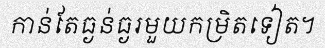
កាន់តែធ្ងន់ធ្ងរមួយកម្រិតទៀត។